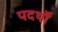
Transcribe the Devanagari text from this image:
पदर्थों